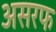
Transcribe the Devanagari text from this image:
असरफ